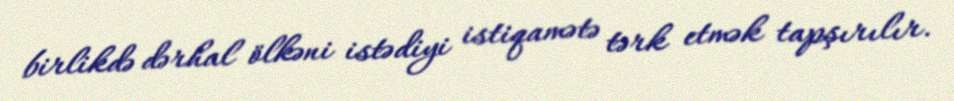
birlikdə dərhal ölkəni istədiyi istiqamətə tərk etmək tapşırılır.